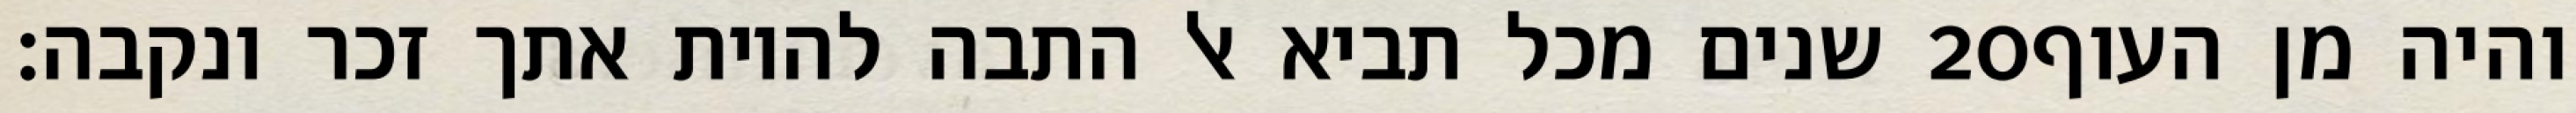
שנים מכל תביא אל התבה להיות אתך זכר ונקבה׃ ‎20‏ והיה מן העוף